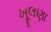
ખૂલણા